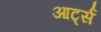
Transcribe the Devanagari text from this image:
आर्ट्स